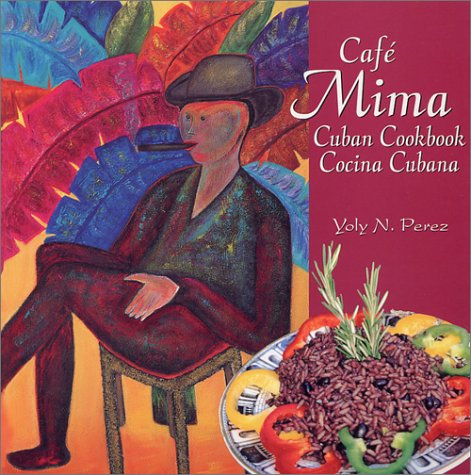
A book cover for Cafe Mima Cuban Cookbook Cocina Cubana (Spanish Edition); Yoly N. Perez; Cookbooks, Food & Wine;